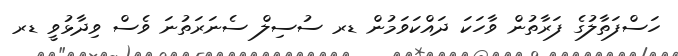
ހަސްފަތާލުގެ ފަރާތުން ވާހަކަ ދައްކަވަމުން ޑރ ސުސިލް ސެނަރަތުނަ ވެސް ވިދާޅުވީ ޑރ